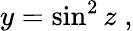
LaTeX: y=\sin^{2}z\; ,